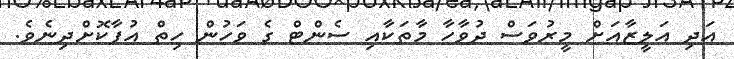
އަދި އަލީޒާއަށް މީރުވަސް ދުވާހާ މާތަކާއި ސެންޓް ގެ ވަހުން ހިތް އުފާކޮށްދިނެވެ.